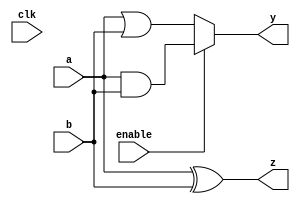
module combinational_logic_block (
    input wire [3:0] a,          // 4-bit input signal
    input wire [3:0] b,          // 4-bit input signal
    input wire clk,              // Clock signal (optional)
    input wire enable,           // Control signal to enable/disable logic
    output wire [3:0] y,         // 4-bit output signal
    output wire [3:0] z          // Another 4-bit output signal for interconnects
);

// Internal nets for combinational logic functions
wire [3:0] and_out;
wire [3:0] or_out;
wire [3:0] xor_out;

// Implementing combinational logic functions
assign and_out = a & b;       // AND operation
assign or_out = a | b;        // OR operation
assign xor_out = a ^ b;       // XOR operation

// Example of routing outputs based on enable signal
assign y = enable ? and_out : or_out; // Choose AND or OR output based on enable signal
assign z = xor_out;                     // Direct XOR output to z

endmodule